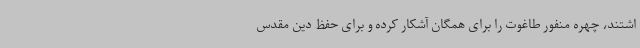
اشتند، چهره منفور طاغوت را برای همگان آشکار کرده و برای حفظ دین مقدس